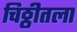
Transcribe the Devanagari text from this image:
चिठ्ठीतला